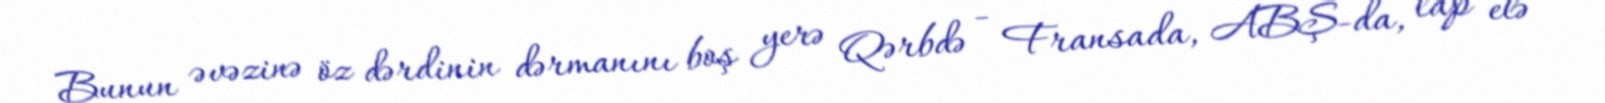
Bunun əvəzinə öz dərdinin dərmanını boş yerə Qərbdə - Fransada, ABŞ-da, lap elə